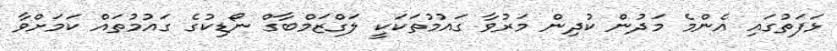
ޅަފަތުގައި އެންމެ މަދުން ކުދިން މަރުވާ ގައުމުތަކަކީ ލަގްޒަމްބާގް ނޯޑިކުގެ ގައުމުތައް ކަމަށްވާ